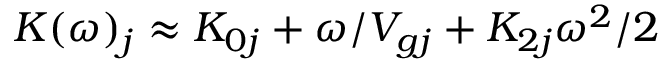
K ( \omega ) _ { j } \approx K _ { 0 j } + \omega / V _ { g j } + K _ { 2 j } \omega ^ { 2 } / 2